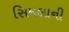
સિમલાની